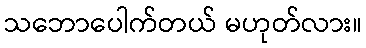
သဘောပေါက်တယ် မဟုတ်လား။